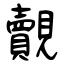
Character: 覿